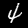
Digit: 4